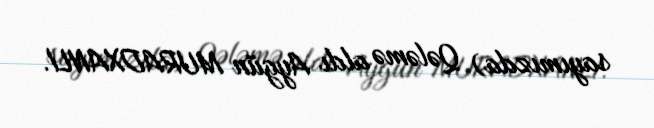
sayımızda) Qələmə aldı Aygün MURADXANLI.